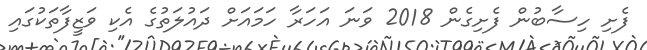
ފެށި ހިސާބުން ފެށިގެން 2018 ވަނަ އަހަރާ ހަމައަށް ދައުލަތުގެ އެކި ވަޒީފާތަކުގައި